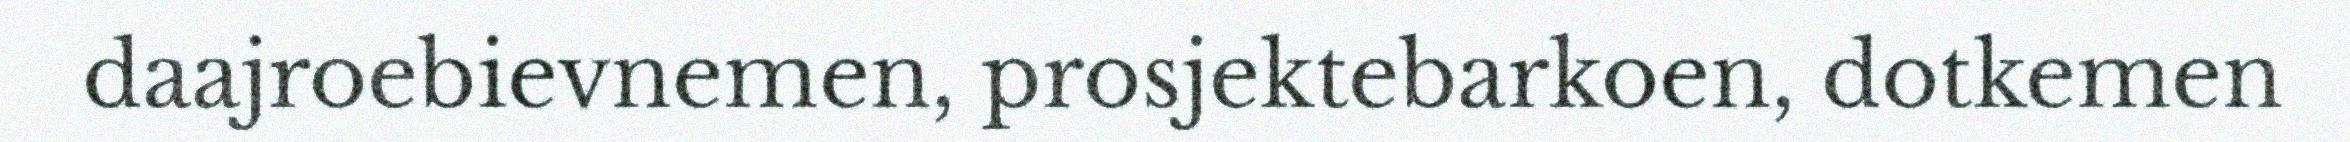
daajroebievnemen, prosjektebarkoen, dotkemen